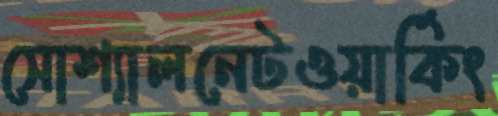
সোশ্যালনেটওয়ার্কিং